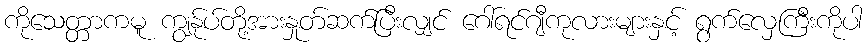
ကိုသေတ္တာကမူ ကျွန်ုပ်တို့အားနှုတ်ဆက်ပြီးလျှင် ဂေါ်ရင်ဂျီကုလားများနှင့် ရွက်လှေကြီးကိုပါ